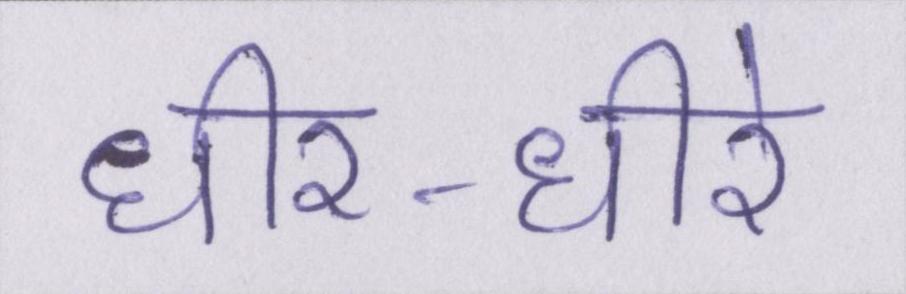
धीर-धीरे